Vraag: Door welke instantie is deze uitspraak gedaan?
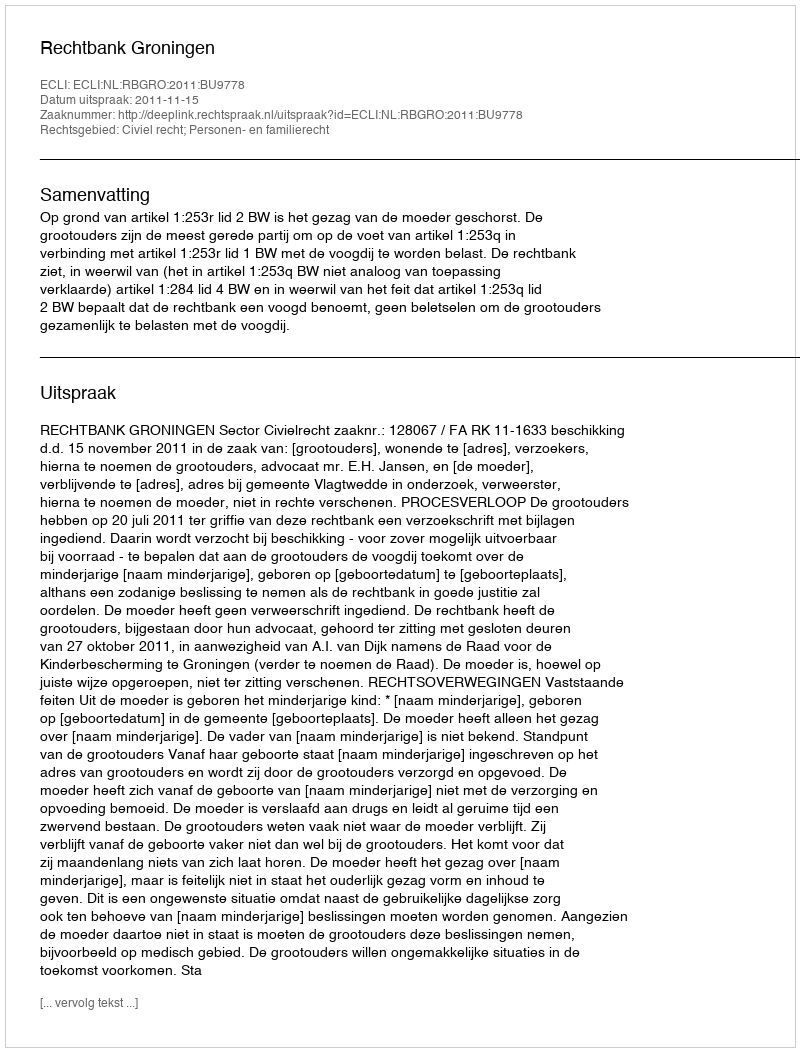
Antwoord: Rechtbank Groningen